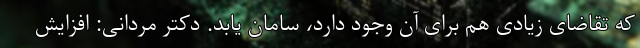
که تقاضای زیادی هم برای آن وجود دارد، سامان یابد. دکتر مردانی: افزایش